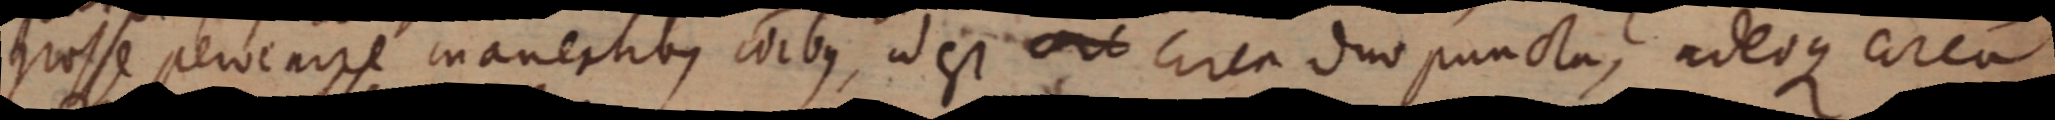
prosse pervearre manertibus, vibus ad est are cirea duo puncta, adeoque areu